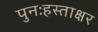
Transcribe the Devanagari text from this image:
पुनःहस्ताक्षर